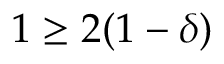
1 \geq 2 ( 1 - \delta )